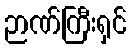
ဉာဏ်ကြီးရှင်